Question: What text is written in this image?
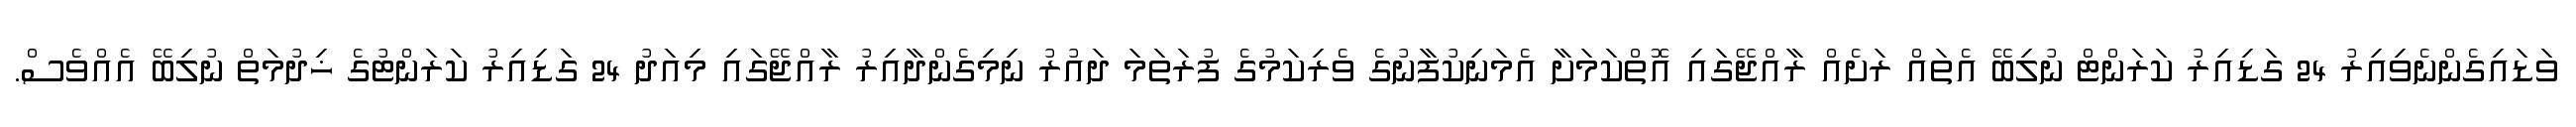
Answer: ވަޑައިގެންނެވިއިރު 24 ގަޑިއިރު ކަރަންޓް ނުލިބޭ އެތައް ރަށެއް ރާއްޖޭގައި އޮތްކަމަށާ އެމަނިކުފާނުގެ ވެރިކަމުގެ ފުރަތަމަ ދައުރު ނިމިގެންދާއިރު ރާއްޖޭގައި މިއަދު 24 ގަޑިއިރު ކަރަންޓުގެ ޚިދުމަތް ނުލިބޭ އެއްވެސް.